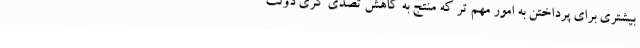
بیشتری برای پرداختن به امور مهم تر که منتج به کاهش تصدّی گری دولت